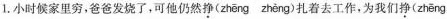
1. 小时候家里穷，爸爸发烧了，可他仍然\underset{·}{挣}( zhēng zhèng )扎着去工作，为我们\underset{·}{挣}( zhēng